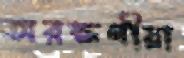
অরক্ষণীয়া